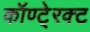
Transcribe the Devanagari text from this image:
कॉण्टे्रक्ट